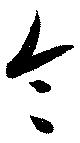
令